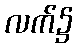
လက်၌